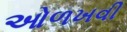
ઓળખવી